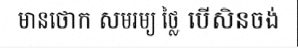
មានថោក សមរម្យ ថ្លៃ បើសិនចង់